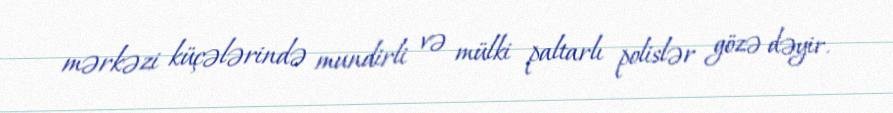
mərkəzi küçələrində mundirli və mülki paltarlı polislər gözə dəyir.